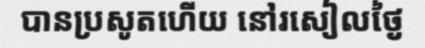
បានប្រសូតហើយ នៅរសៀលថ្ងៃ